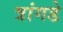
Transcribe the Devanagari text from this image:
त्रांगडे